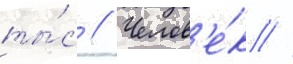
ты́с // Челов'е́к //